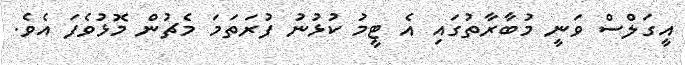
އީގަލްސް ވަނީ މުބާރާތުގައި އެ ޓީމު ކުޅުނު ފުރަތަމަ މެޗުން މޮޅުވެފަ އެވެ.